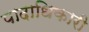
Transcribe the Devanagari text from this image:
पादाधिकारी